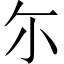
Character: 尓